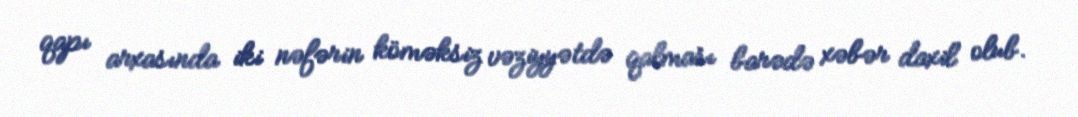
qapı arxasında iki nəfərin köməksiz vəziyyətdə qalması barədə xəbər daxil olub.